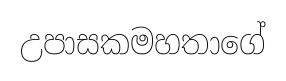
උපාසකමහතාගේ